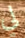
لي